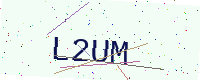
Text: L2UM